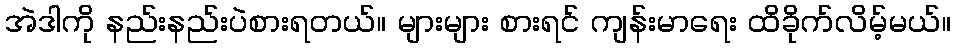
အဲဒါကို နည်းနည်းပဲစားရတယ်။ များများ စားရင် ကျန်းမာရေး ထိခိုက်လိမ့်မယ်။